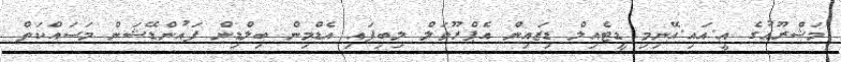
މަޝްރޫޢުގެ އީ.އައި.އޭނިމި ޑީޓެއިލް ޑިޒައިން އެޕްރޫވަލް ލިބިފައި އެޑްމިން ބިލްޑިން ފައުންޑޭޝަން މަސައްކަތް